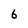
Character: 6